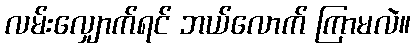
လမ်းလျှောက်ရင် ဘယ်လောက် ကြာမလဲ။